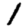
Digit: 1